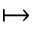
\mapsto